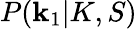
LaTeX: P(\mathbf{k}_{1}|K,S)